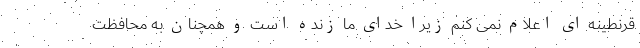
قرنطینه ای اعلام نمی کنم زیرا خدای ما زنده است و همچنان به محافظت